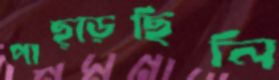
পাছ্‌ড়েছিলি